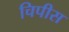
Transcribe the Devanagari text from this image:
चिपीस